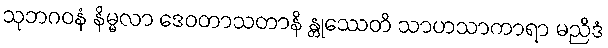
သုဘဂဝနံ နိမ္မလာ ဒေဝတာသတာနိ န္တုဿေတိ သာဟသာကာရာ မညိဒံ